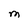
Character: M